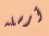
أرسله